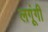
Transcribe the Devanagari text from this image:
लगूंगी